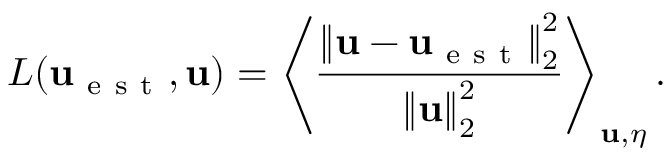
L ( \mathbf { u } _ { \mathrm { ~ e ~ s ~ t ~ } } , \mathbf { u } ) = \left\langle \frac { \left\Vert \mathbf { u } - \mathbf { u } _ { \mathrm { ~ e ~ s ~ t ~ } } \right\Vert _ { 2 } ^ { 2 } } { \left\Vert \mathbf { u } \right\Vert _ { 2 } ^ { 2 } } \right\rangle _ { \mathbf { u } , \eta } .